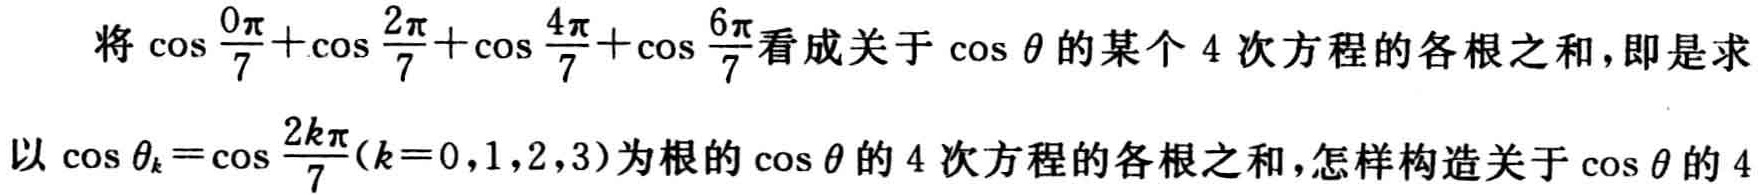
将\(\cos\frac{0\pi}{7}+\cos\frac{2\pi}{7}+\cos\frac{4\pi}{7}+\cos\frac{6\pi}{7}\)看成关于\(\cos\theta\)的某个\(4\)次方程的各根之和，即是求以\(\cos\theta_{k}=\cos\frac{2k\pi}{7}(k = 0,1,2,3)\)为根的\(\cos\theta\)的\(4\)次方程的各根之和，怎样构造关于\(\cos\theta\)的\(4\)